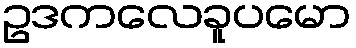
ဥဒကလေခူပမော